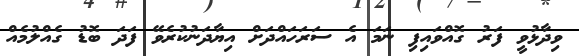
ވިދާޅުވީ ފަރު ގޮއްވައިފި ނަމަ އެ ސަރަހައްދަށް އިޔާދަނުކުރެވޭ ފަދަ ބޮޑު ގެއްލުމެއް